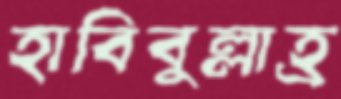
হাবিবুল্লাহ্র